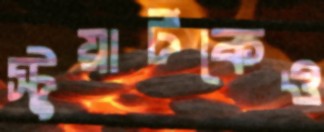
স্টুয়ার্টকেও